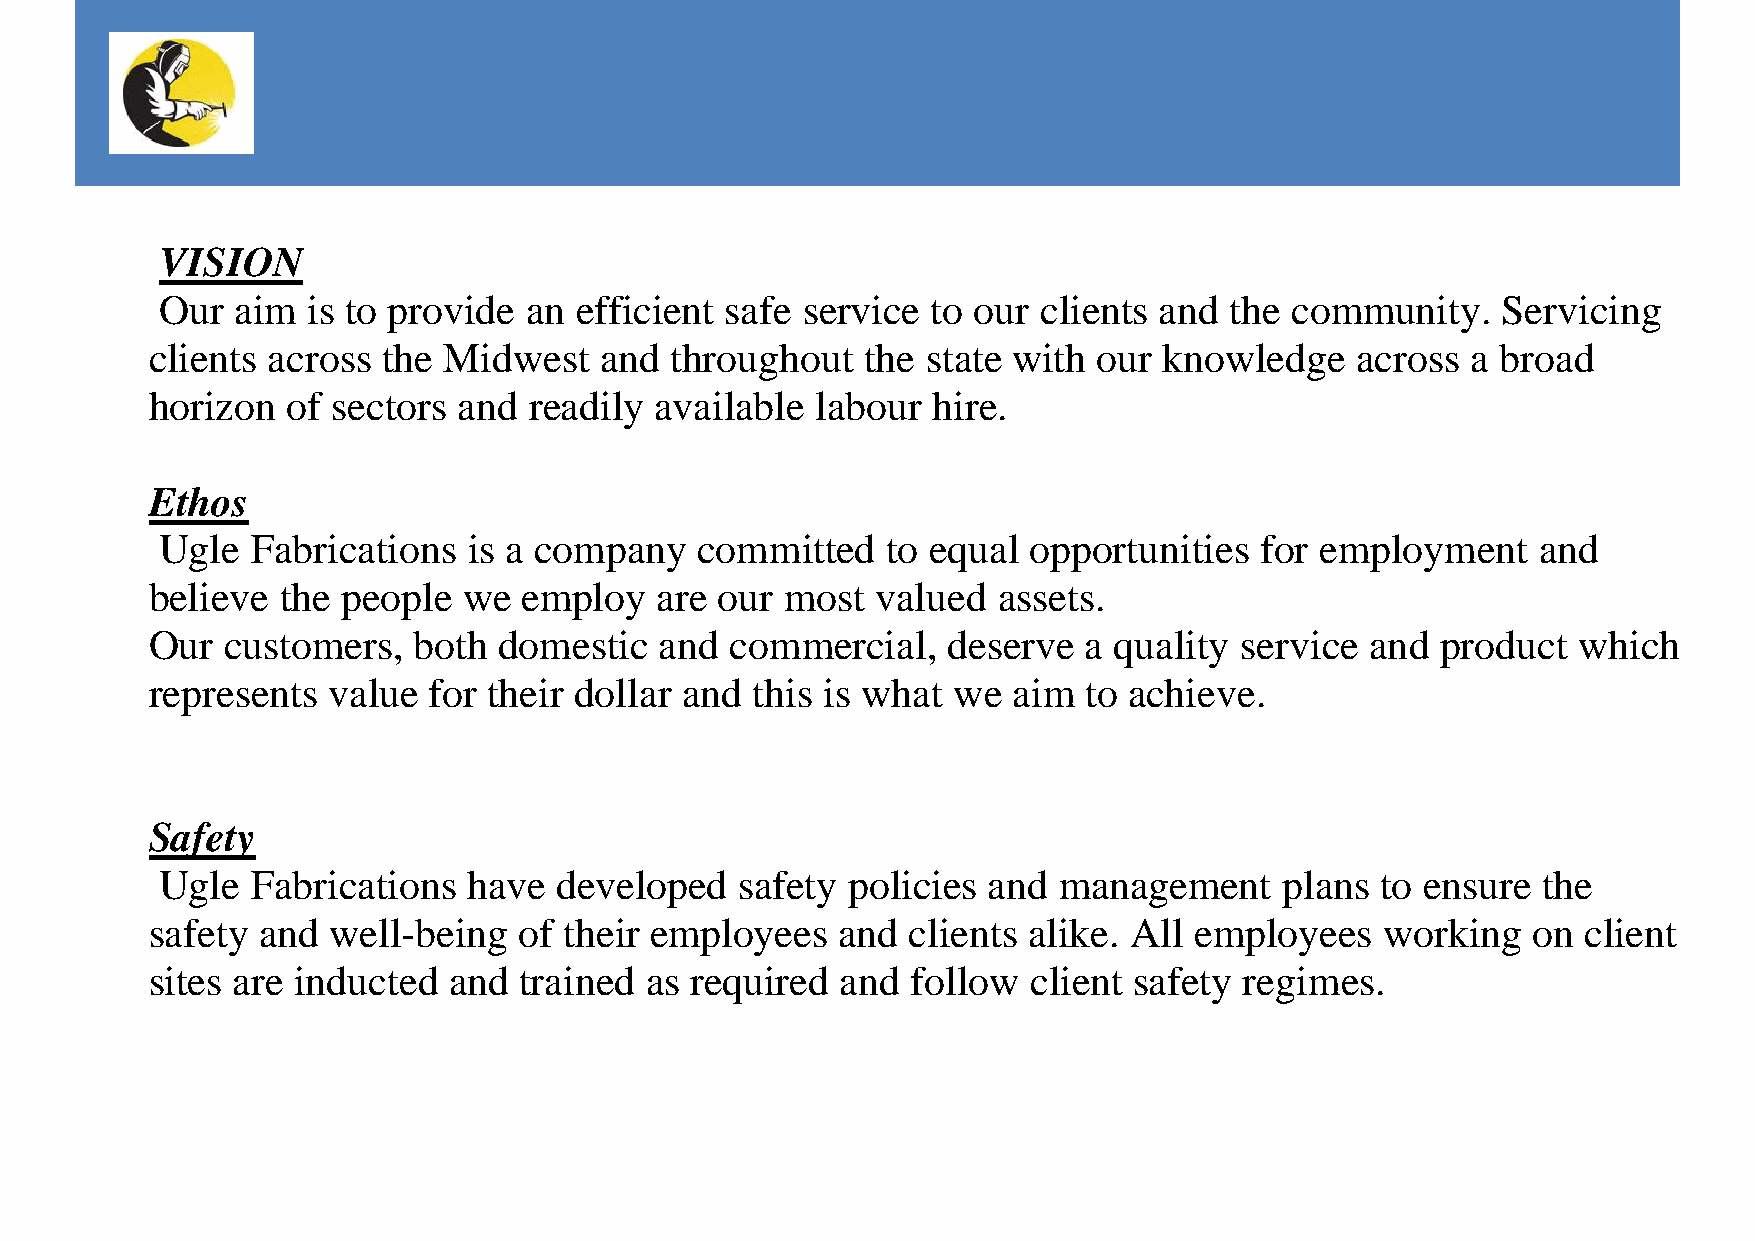
VISION
 Our  aim is to provide  an efficient safe service  to our clients and the community.    Servicing
 clients across the Midwest    and throughout   the state with  our knowledge    across a broad
 horizon  of sectors and  readily available  labour  hire.
 Ethos
 Ugle  Fabrications  is a company   committed    to equal opportunities  for employment     and
 believe  the people  we  employ  are  our most  valued  assets.
 Our  customers,  both  domestic   and commercial,    deserve  a quality service  and product  which
 represents  value for their dollar and  this is what we  aim  to achieve.
 Safety
 Ugle  Fabrications  have  developed   safety policies and  management     plans to ensure  the
 safety and  well-being  of their employees    and clients alike. All employees    working  on  client
 sites are inducted  and trained  as required  and follow  client safety regimes.